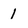
Character: l